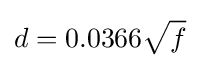
d=0.0366{\sqrt {f}}